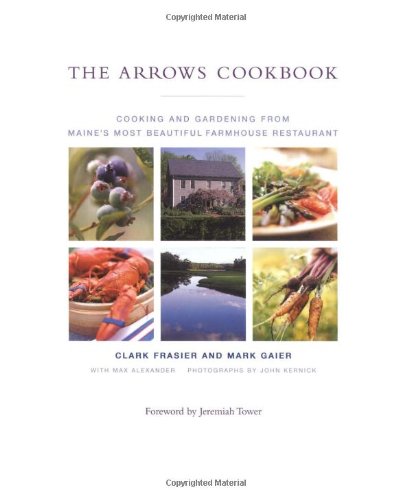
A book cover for The Arrows Cookbook: Cooking and Gardening from Maine's Most Beautiful Farmhouse Restaurant; Clark Frasier; Cookbooks, Food & Wine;